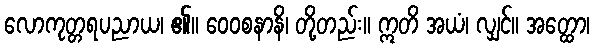
လောကုတ္တရပညာယ၊ ၏။ ဝေဝစနာနိ၊ တို့တည်း။ ဣတိ အယံ၊ လျှင်။ အတ္ထော၊